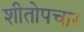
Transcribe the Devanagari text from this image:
शीतोपचार